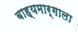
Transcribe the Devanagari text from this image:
बाह्यमार्गाला